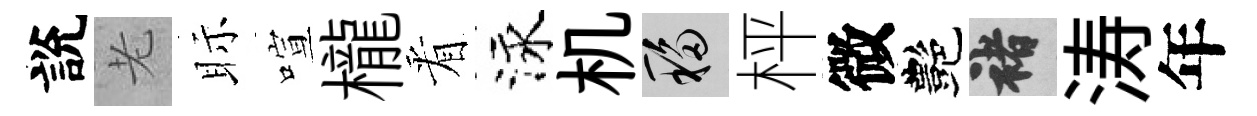
說老眎喧櫳㸔泳机移枰微艷褚涛年